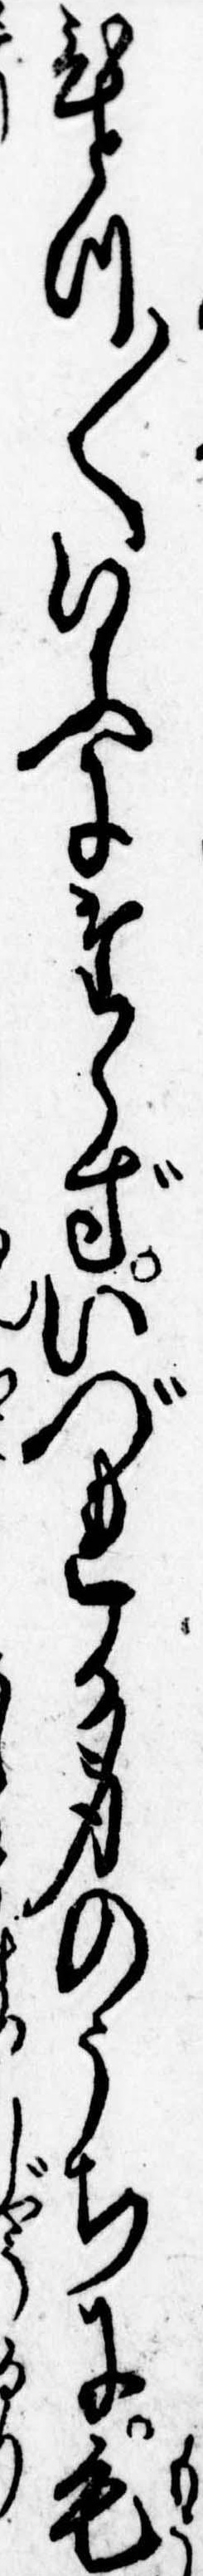
ひとつ〱いふにたらずいづれか身のうちに毛